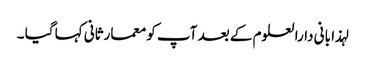
لہذا بانی دارالعلوم کے بعد آپ کو معمارثانی کہا گیا ۔